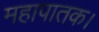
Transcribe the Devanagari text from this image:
महापातक।